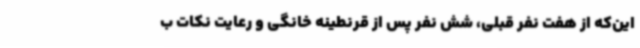
این‌که از هفت نفر قبلی، شش نفر پس از قرنطینه خانگی و رعایت نکات ب